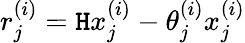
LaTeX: r_{j}^{(i)}=\mathtt{H}x_{j}^{(i)}-\theta_{j}^{(i)}x_{j}^{(i)}